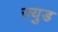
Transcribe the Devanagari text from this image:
ज्युड